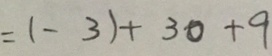
= ( - 3 ) + 3 0 + 9